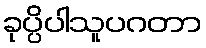
ခုပ္ပိပါသူပဂတာ